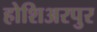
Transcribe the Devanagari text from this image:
होशिअरपुर